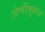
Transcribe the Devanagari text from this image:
लेणींमुळेच